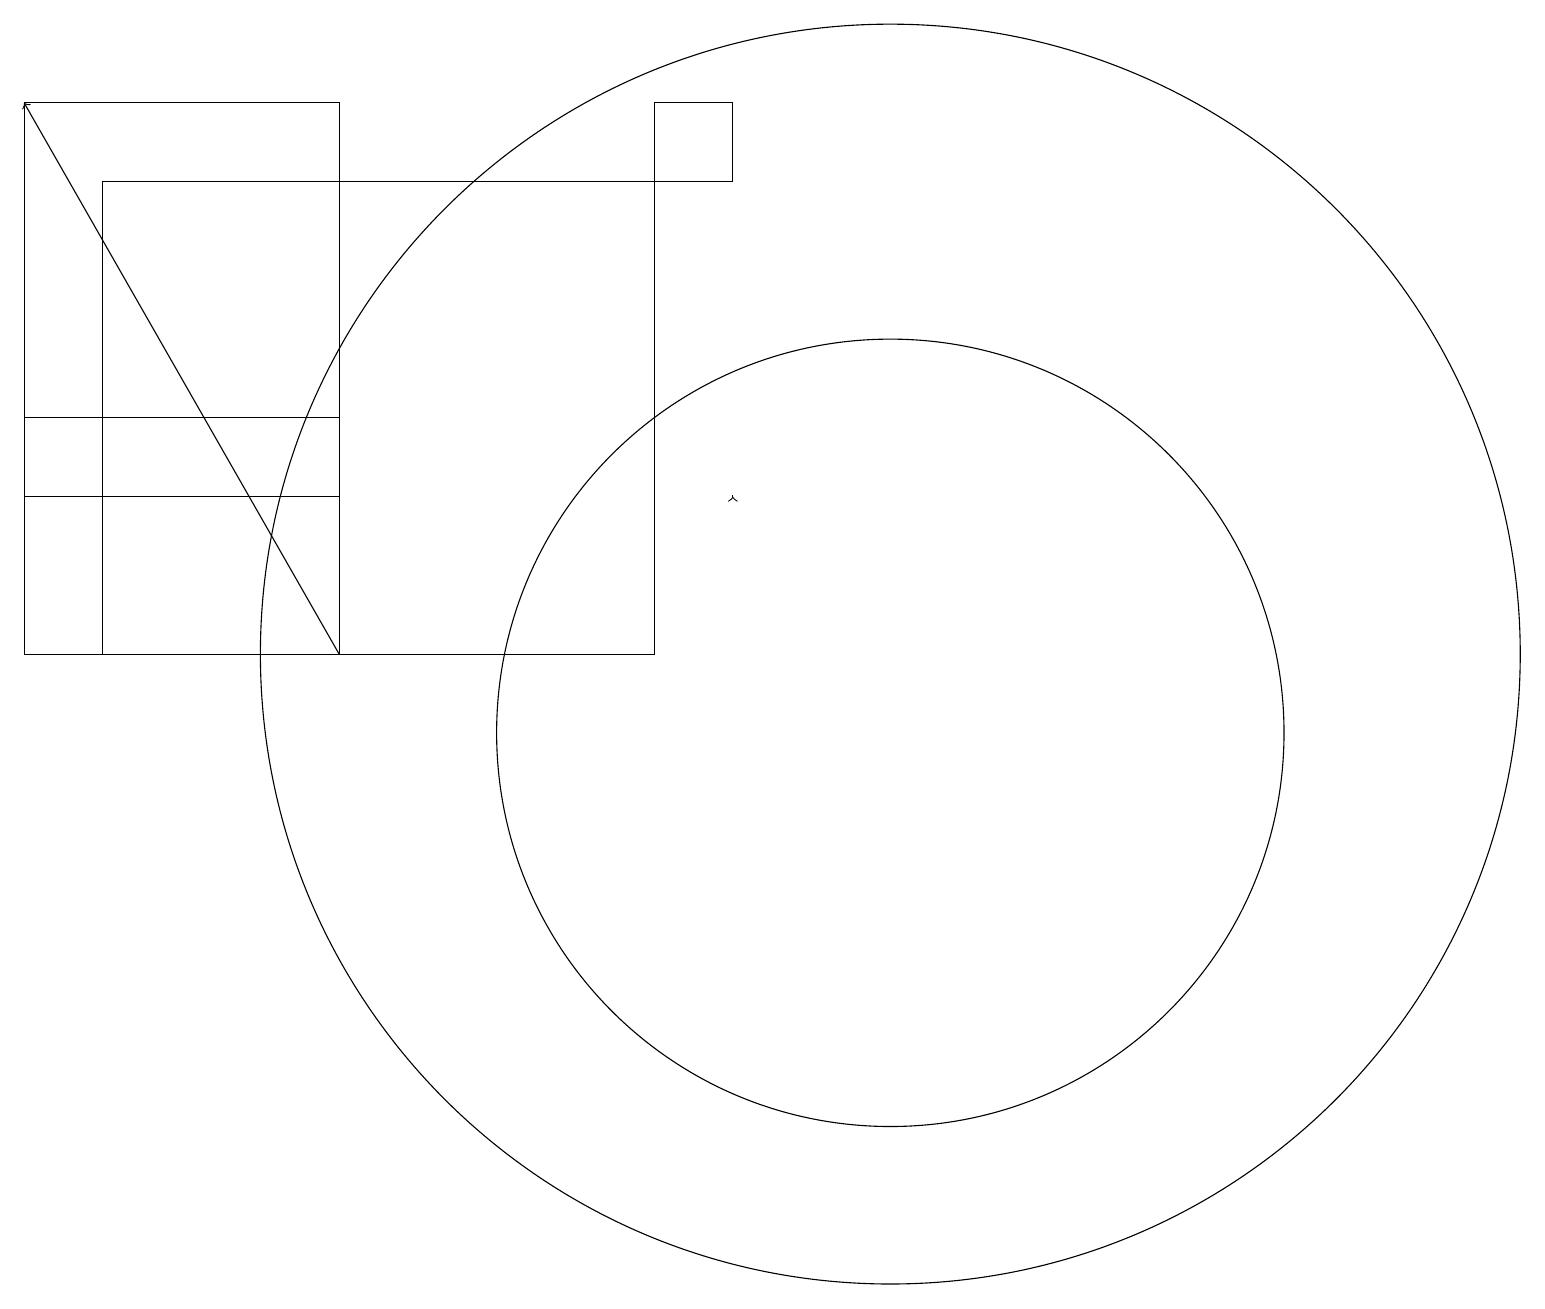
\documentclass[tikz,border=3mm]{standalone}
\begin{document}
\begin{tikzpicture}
\draw (9,18) rectangle (8,17);
\draw (1,17) rectangle (8,11);
\draw (11,10) circle (5);
\draw (11,11) circle (8);
\draw (4,11) rectangle (0,14);
\draw[->] (4,11) -- (0,18);
\draw (4,18) rectangle (0,13);
\draw[->] (9,13) -- (9,13);
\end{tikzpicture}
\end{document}